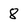
Character: 8